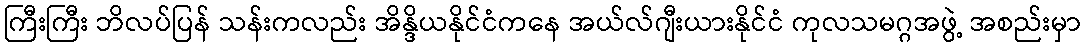
ကြီးကြီး ဘိလပ်ပြန် သန်းကလည်း အိန္ဒိယနိုင်ငံကနေ အယ်လ်ဂျီးယားနိုင်ငံ ကုလသမဂ္ဂအဖွဲ့ အစည်းမှာ